Lunatic asylums in Bengal annual reports 1888-1898 - 1888-1898
Year: 1888
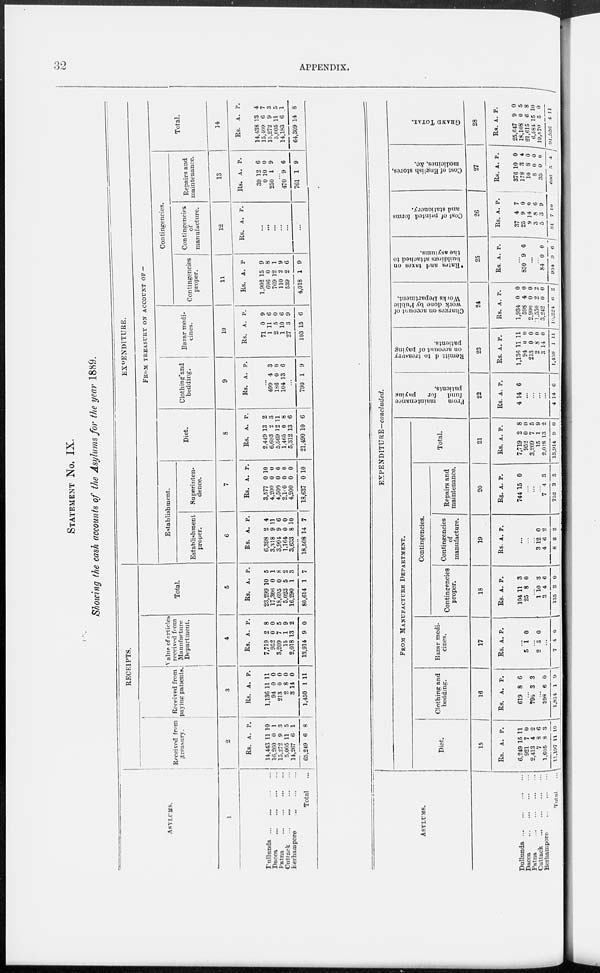
32
APPENDIX.
STATEMENT NO . IX.
Showing the cash accounts of the Asylums for the year 1889.
ASYLUMS.
1
Bullunda ... ... ... ...
Dacca
...
...
...
...
Patna
...
...
...
...
Cuttack
...
...
...
...
Berhampore
...
...
...
Total ...
RECEIPTS.
Received from
treasury.
2
Rs.
14,443
16,260
15,272
5,005
14,267
65,249
A.
11
0
9
11
6
6
P.
10
1
3
5
1
8
Received from
paying patients.
3
Rs.
1,136
94
213
2
3
1,450
A.
11
0
0
8
14
1
P.
11
0
0
0
0
11
Value of articles
received from
Manufacture
Department.
4
Rs.
7,719
952
3,209
15
2,018
13,914
A.
2
0
7
1
13
9
P.
8
0
5
9
2
0
Total.
5
Rs.
23,299
17,306
18,695
5,023
16,290
80,614
A.
10
0
0
5
1
1
P.
5
1
8
2
3
7
EXPENDITURE.
FROM
TREASURY
ON
ACCOUNT
OF–
Establishment.
Establishment
proper.
6
Rs.
6,398
3,318
3,994
1,164
3,633
18,508
A.
2
9
9
0
8
14
P.
4
11
6
0
10
7
Superinten-
dence.
7
Rs.
3,577
4,200
4,500
2,160
4,200
18,637
A.
0
0
0
0
0
0
P.
10
0
0
0
0
10
Diet.
8
Rs.
2,449
6,693
5,569
1,465
5,312
21,490
A.
13
2
12
0
13
10
P.
2
3
11
8
6
6
Clothing and
bedding.
9
Rs. A. P.
499
186
104
790
4
0
13
1
3
0
6
9
Bazar medi-
cines.
10
Rs.
71
1
2
1
27
103
A.
0
11
5
10
3
15
P.
9
6
0
6
9
6
Contingencies.
Contingencies
proper.
11
Rs.
1,902
696
769
110
539
4,018
A.
15
0
12
2
2
1
P.
9
8
1
9
6
9
Contingencies
of
manufacture.
12
Rs. A. P.
...
...
...
...
...
...
Repairs and
maintenance.
13
Rs.
39
0
250
A.
12
10
1
P.
6
0
9
...
470
761
9
1
6
9
Total.
14
Rs.
14,438
15,409
15,272
5,005
14,183
64,309
A.
13
6
9
11
6
14
P.
4
7
3
5
1
8
ASYLUMS.
Dullunda ... ... ... ...
Dacca ... ... ... ...
Patna ... ... ... ...
Cuttack ... ... ... ...
Berhampore ... ... ...
Total ...
EXPENDITURE-concluded.
FROM MANUFACTURE DEPARTMENT.
Diet.
15
Rs.
6,249
921
2,413
7
1,605
11,197
A.
15
7
4
8
8
11
P.
11
0
2
6
3
10
Clothing and
bedding.
16
Rs.
619
A.
8
P.
6
...
796 3 3
...
398
1,814
6
1
0
9
Bazar medi-
cines.
17
Rs. A P.
...
5
1
0
...
2 3 0
...
7
4 0
Contingencies.
Contingencies
proper.
18
Rs.
104
25
A.
11
8
P.
3
0
...
1
3
135
10
4
2
3
6
0
Contingencies
of
manufacture.
19
Rs. A. P.
...
...
...
3
4
8
12
6
2
0
2
2
Repairs and
maintenance.
20
Rs.
744
A.
15
P.
0
...
...
...
7
752
4
3
3
3
Total.
21
Rs.
7,719
952
3,209
15
2,018
13,914
A.
2
0
7
1
13
9
P.
8
0
5
9
2
0
From
maintenance
fund
for
paying
patients.
22
Rs.
4
A.
14
P.
6
...
...
...
...
4 14
6
Remitted
to treasury
on account of paying
patients.
23
Rs.
1,136
94
213
2
3
1,450
A.
11
0
0
8
14
1
P.
11
0
0
0
0
11
Charges on account of
work done by Public
Works Department.
24
Rs.
1,934
598
2,900
1,550
3,242
10,224
A.
0
4
0
2
0
6
P.
0
0
0
2
0
2
*Rates
and taxes on
buildings attached to
the asylums.
25
Rs. A. P.
...
850
9
6
...
...
84
934
0
9 0
6
Cost of printed forms
and stationery.
26
Rs.
37
25
9
3
5
81
A.
4
9
14
8
3
7
P.
7
0
0
6
9
10
Cost of English stores,
medicines, &c.
27
Rs.
376
178
10
8
33
606
A.
10
3
8
0
0
5
P.
0
4
0
0
0
4
GRAND
TOTAL.
28
Rs.
25,647
18,108
21,615
6,584
19,570
91,526
A.
9
0
6
15
5
4
P.
0
5
8
10
0
11